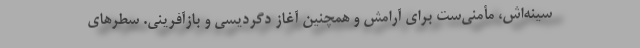
سینه‌اش، مأمنی‌ست برای آرامش و همچنین آغاز دگردیسی و بازآفرینی. سطرهای